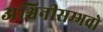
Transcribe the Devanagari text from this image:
अश्विनीसम्भवो